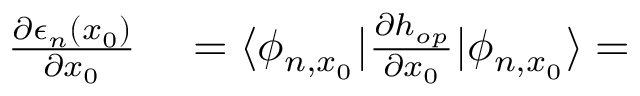
\begin{array} { r l } { \frac { \partial \epsilon _ { n } ( x _ { 0 } ) } { \partial x _ { 0 } } } & { { } = \langle \phi _ { n , x _ { 0 } } | \frac { \partial h _ { o p } } { \partial x _ { 0 } } | \phi _ { n , x _ { 0 } } \rangle = } \end{array}